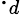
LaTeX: \cdot_{d}